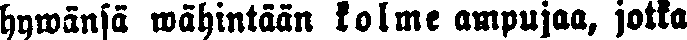
hywänsa wähintään kolme ampujaa, jotka